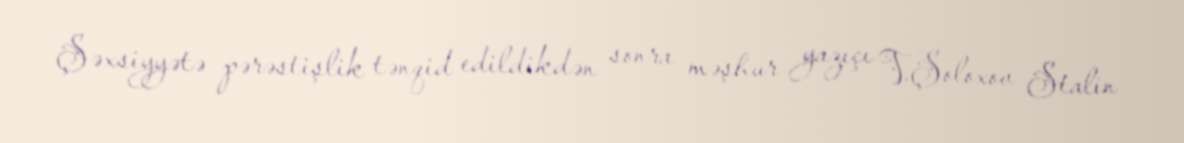
Şəxsiyyətə pərəstişlik tənqid edildikdən sonra məşhur yazıçı V.Şoloxov Stalin